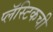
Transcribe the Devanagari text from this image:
प्लॅस्टिकची